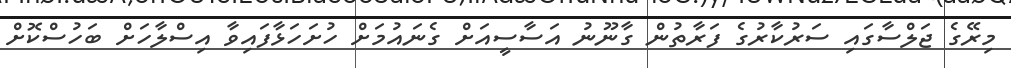
މިރޭގެ ޖަލްސާގައި ސަރުކާރުގެ ފަރާތުން ގާނޫނު އަސާސީއަށް ގެނައުމަށް ހުށަހަޅާފައިވާ އިސްލާހަށް ބަހުސްކޮށް